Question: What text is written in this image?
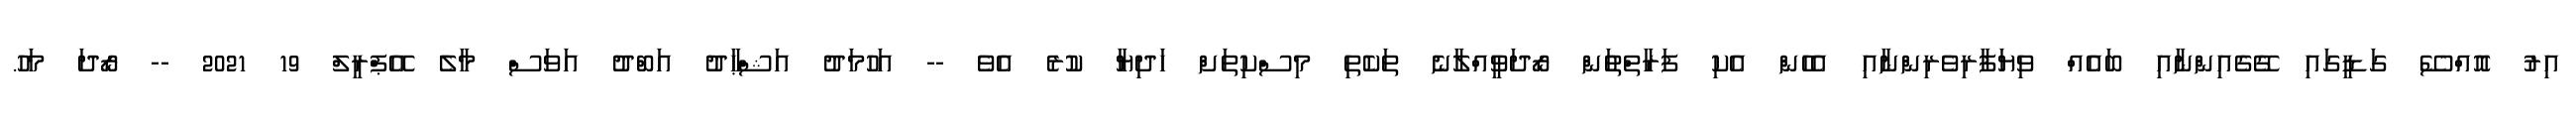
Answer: އިރު އޮއްސޭ ގަޑީގައި ގޭގެއިންނާއި ބައެއް ވިޔަފާރިވެރިންނާއި އެހެން އެކި ފަރާތްތަުން ރޯދަވީއްލާނެ ތަކެތި މިސްކިތަށް ހަދިޔާ ކުރެ އެވެ -- އަހުމަދު އަޝްޙާދު އަބްދު އަވަސް މާލެ އޭޕްރީލް 19 2021 -- ރޯދަ މަހު.